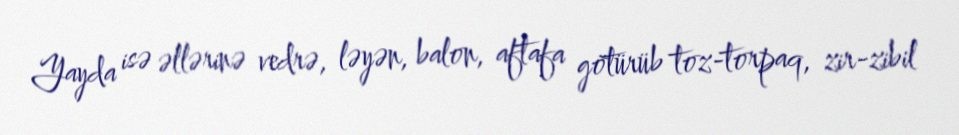
Yayda isə əllərinə vedrə, ləyən, balon, aftafa götürüb toz-torpaq, zir-zibil